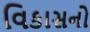
વિકાસનો